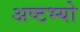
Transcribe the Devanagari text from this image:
अष्टभ्यो